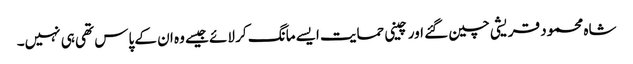
شاہ محمود قریشی چین گئے اور چینی حمایت ایسے مانگ کر لائے جیسے وہ ان کے پاس تھی ہی نہیں۔